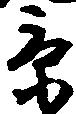
京